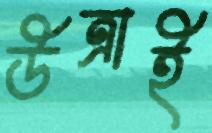
উত্রাই